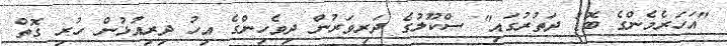
"އަހަރެމެންގެ ބޮޑު ދަތުރުގައި" ސްކޫލުގެ ދަރިވަރުން ދިވެހިންގެ އިހު ދިރިއުޅުން ހުރި ގޮތް